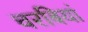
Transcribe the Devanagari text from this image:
चरबियां